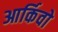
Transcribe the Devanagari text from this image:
आर्किवो